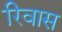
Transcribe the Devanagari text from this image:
रिवास